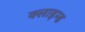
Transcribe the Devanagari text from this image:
क्लाइम्ड